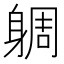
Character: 𨉜